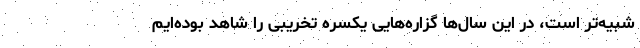
شبیه‌تر است، در این سال‌ها گزاره‌هایی یکسره تخریبی را شاهد بوده‌ایم